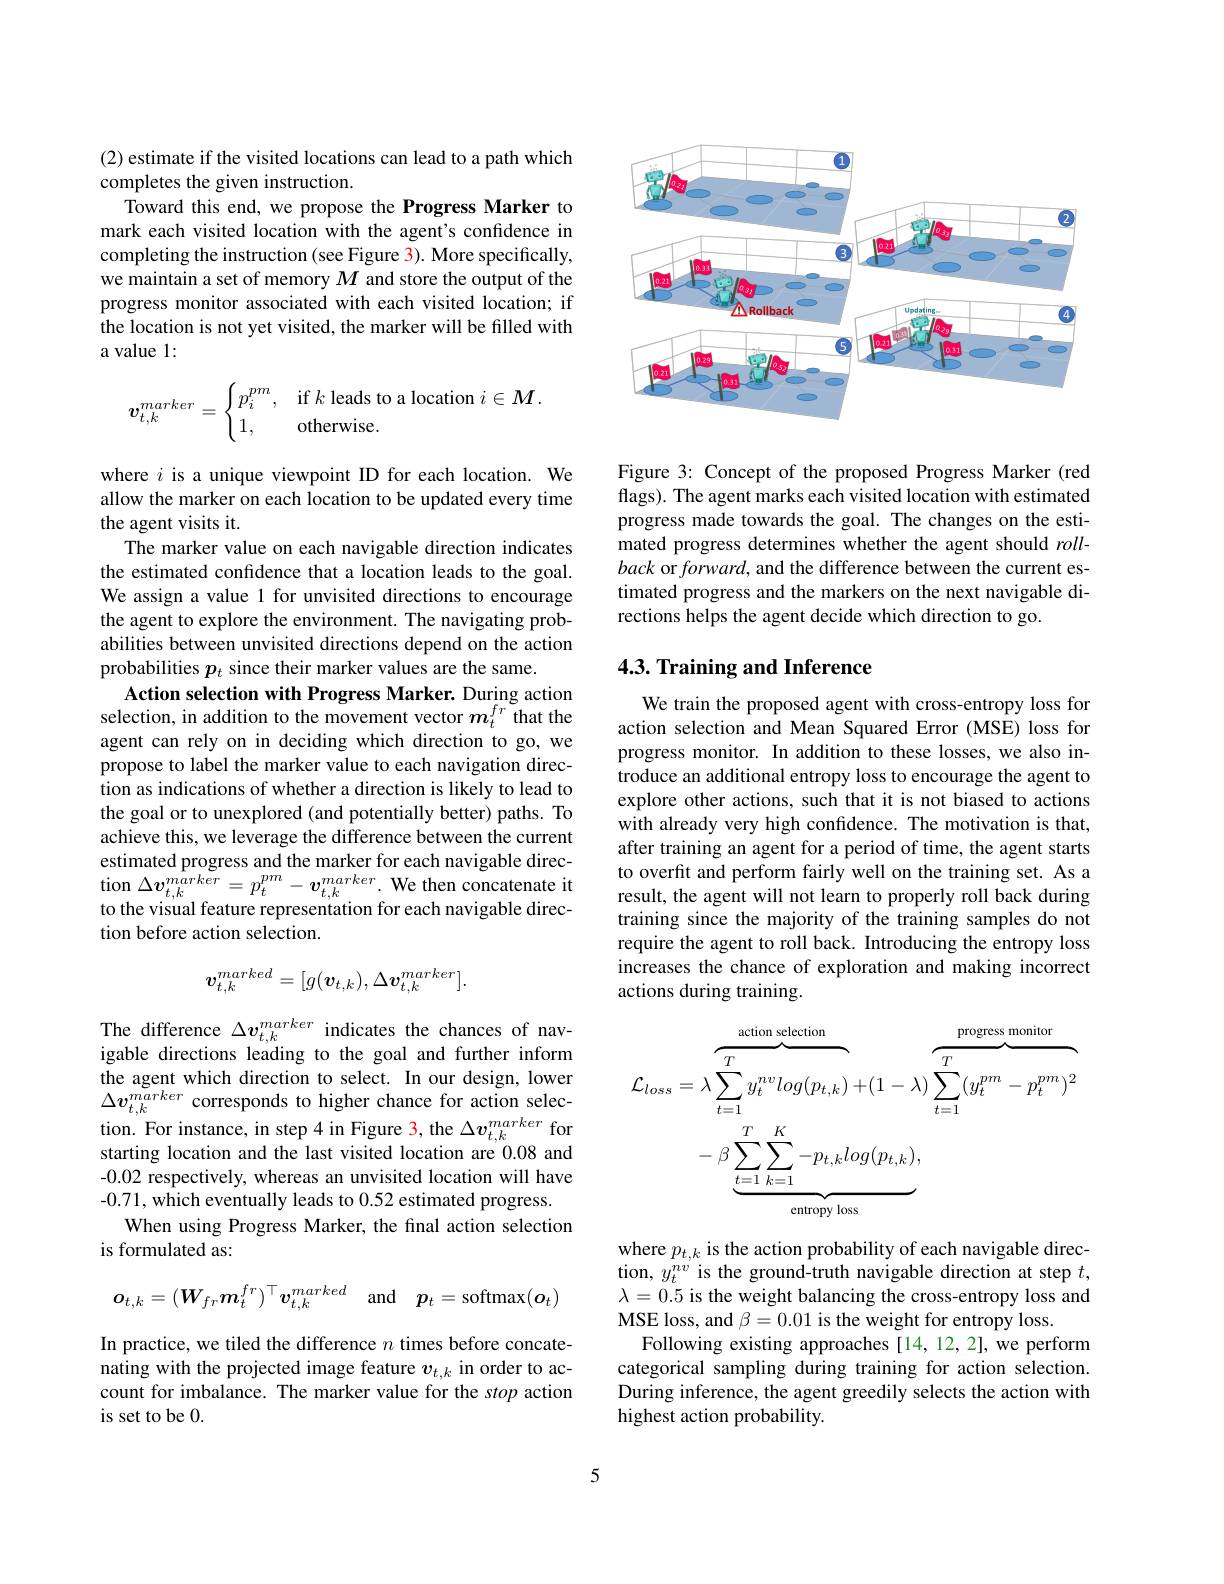
(2) estimate if the visited locations can lead to a path which
completes the given instruction.
Toward this end, we propose the Progress Marker to mark each visited location with the agent's confidence in completing the instruction (see Figure 3). More specifically, we maintain a set of memory $M$ and store the output of the progress monitor associated with each visited location; if the location is not yet visited, the marker will be filled with a value 1:
$$\boldsymbol{v}_{t,k}^{marker}=\begin{cases}p_i^{pm},&\text{if}k\text{leads to a location}i\in M.\\1,&\text{otherwise.}\end{cases}$$
where $i$ is a unique viewpoint ID for each location. We allow the marker on each location to be updated every time the agent visits it.
The marker value on each navigable direction indicates the estimated confidence that a location leads to the goal. We assign a value 1 for unvisited directions to encourage the agent to explore the environment. The navigating probabilities between unvisited directions depend on the action probabilities $p_t$ since their marker values are the same.
Action selection with Progress Marker. During action selection, in addition to the movement vector $m_t^{fr}$ that the agent can rely on in deciding which direction to go, we propose to label the marker value to each navigation direction as indications of whether a direction is likely to lead to the goal or to unexplored (and potentially better) paths. To achieve this, we leverage the difference between the current estimated progress and the marker for each navigable direction $\Delta\boldsymbol v_{t,k}^{marker}=p_{t}^{pm}-\boldsymbol v_{t,k}^{marker}.$ We then concatenate it to the visual feature representation for each navigable direction before action selection.
$$v_{t,k}^{marked}=[g(\boldsymbol{v}_{t,k}),\Delta\boldsymbol{v}_{t,k}^{marker}].$$
The difference $\Delta\boldsymbol v_{t,k}^{marker}$ indicates the chances of navigable directions leading to the goal and further inform the agent which direction to select. In our design, lower $\Delta v_{t,k}^{marker}$ corresponds to higher chance for action selection. For instance, in step 4 in Figure 3, the $\Delta v_{t,k}^{marker}$ for starting location and the last visited location are 0.08 and -0.02 respectively, whereas an unvisited location will have -0.71, which eventually leads to 0.52 estimated progress.
When using Progress Marker, the fnal action selection
is formulated as:
$$\boldsymbol{o}_{t,k}=(\boldsymbol{W}_{fr}\boldsymbol{m}_{t}^{fr})^\top\boldsymbol{v}_{t,k}^{marked}\quad\mathrm{and}\quad\boldsymbol{p}_t=\mathrm{softmax}(\boldsymbol{o}_t)$$
In practice, we tiled the difference $n$ times before concatenating with the projected image feature $v_{t,k}$ in order to account for imbalance. The marker value for the stop action is set to be 0.

<FigureHere>

Figure 3: Concept of the proposed Progress Marker (red flags). The agent marks each visited location with estimated progress made towards the goal. The changes on the estimated progress determines whether the agent should $roll-$ back or forward, and the difference between the current estimated progress and the markers on the next navigable directions helps the agent decide which direction to go.

# 4.3. Training and Inference

We train the proposed agent with cross-entropy loss for action selection and Mean Squared Error (MSE) loss for progress monitor. In addition to these losses, we also introduce an additional entropy loss to encourage the agent to explore other actions, such that it is not biased to actions with already very high confidence. The motivation is that, after training an agent for a period of time, the agent starts to overfit and perform fairly well on the training set. As a result, the agent will not learn to properly roll back during training since the majority of the training samples do not require the agent to roll back. Introducing the entropy loss increases the chance of exploration and making incorrect actions during training.
$$\begin{aligned}\mathcal{L}_{loss}&=\lambda\overbrace{\sum_{t=1}^{T}y_{t}^{nv}log(p_{t,k})}^{\text{action selection}}+(1-\lambda)\overbrace{\sum_{t=1}^{T}(y_{t}^{pm}-p_{t}^{pm})^{2}}^{\text{progress monitor}}\\&-\beta\underbrace{\sum_{t=1}^{T}\sum_{k=1}^{K}-p_{t,k}log(p_{t,k})}_{\text{entropy loss}},\end{aligned}$$
where $p_{t,k}$ is the action probability of each navigable direction, $y_t^{nv^{\prime}}$ is the ground-truth navigable direction at step $t$, $\lambda=0.5$ is the weight balancing the cross-entropy loss and MSE loss, and $\beta=0.01$ is the weight for entropy loss.
Following existing approaches [14,12,2], we perform categorical sampling during training for action selection. During inference, the agent greedily selects the action with highest action probability.

5